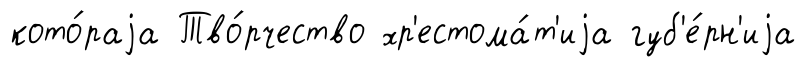
кото́раjа Тво́рчество хр'естома́т'иjа губ'е́рн'иjа